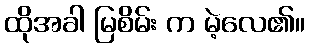
ထိုအခါ မြစိမ်း က မဲ့လေ၏။